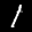
Label: 1